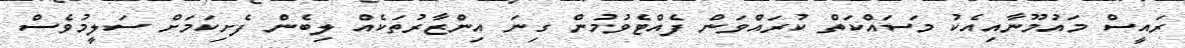
ރައީސް މައުމޫނާއިއެކު މަސައްކަތް ކުރައްވަން ފެއްޓެވުމުން ގިނަ އިންޒާރުތަކެއް ލިބެން ފެށިކަމަށް ސަލީމުވެސް